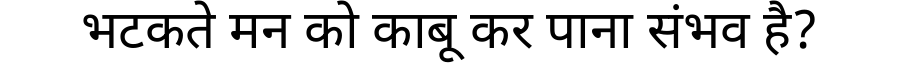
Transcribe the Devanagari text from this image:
भटकते मन को काबू कर पाना संभव है?